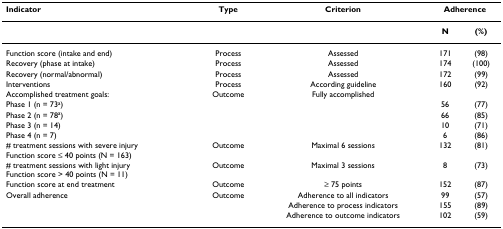
<table><thead><tr><td><b>Indicator</b></td><td><b>Type</b></td><td><b>Criterion</b></td><td colspan="2"><b>Adherence</b></td></tr></thead><tbody><tr><td></td><td></td><td></td><td><b>N</b></td><td><b>(%)</b></td></tr><tr><td>Function score (intake and end)</td><td>Process</td><td>Assessed</td><td>171</td><td>(98)</td></tr><tr><td>Recovery (phase at intake)</td><td>Process</td><td>Assessed</td><td>174</td><td>(100)</td></tr><tr><td>Recovery (normal/abnormal)</td><td>Process</td><td>Assessed</td><td>172</td><td>(99)</td></tr><tr><td>Interventions</td><td>Process</td><td>According guideline</td><td>160</td><td>(92)</td></tr><tr><td>Accomplished treatment goals:</td><td>Outcome</td><td>Fully accomplished</td><td></td><td></td></tr><tr><td>Phase 1 (n = 73<sup>a</sup>)</td><td></td><td></td><td>56</td><td>(77)</td></tr><tr><td>Phase 2 (n = 78<sup>a</sup>)</td><td></td><td></td><td>66</td><td>(85)</td></tr><tr><td>Phase 3 (n = 14)</td><td></td><td></td><td>10</td><td>(71)</td></tr><tr><td>Phase 4 (n = 7)</td><td></td><td></td><td>6</td><td>(86)</td></tr><tr><td># treatment sessions with severe injury Function score ≤ 40 points (N = 163)</td><td>Outcome</td><td>Maximal 6 sessions</td><td>132</td><td>(81)</td></tr><tr><td># treatment sessions with light injury Function score &gt; 40 points (N = 11)</td><td>Outcome</td><td>Maximal 3 sessions</td><td>8</td><td>(73)</td></tr><tr><td>Function score at end treatment</td><td>Outcome</td><td>≥ 75 points</td><td>152</td><td>(87)</td></tr><tr><td>Overall adherence</td><td>Outcome</td><td>Adherence to all indicators</td><td>99</td><td>(57)</td></tr><tr><td></td><td></td><td>Adherence to process indicators</td><td>155</td><td>(89)</td></tr><tr><td></td><td></td><td>Adherence to outcome indicators</td><td>102</td><td>(59)</td></tr></tbody></table>